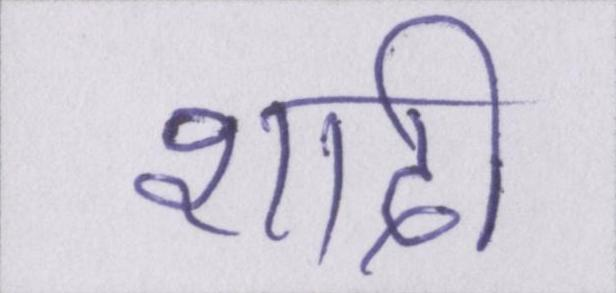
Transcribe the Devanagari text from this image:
शादी